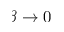
\beta \to 0